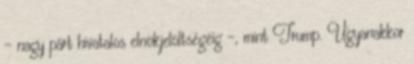
– nagy párt hivatalos elnökjelöltségéig –, mint Trump. Ugyanakkor